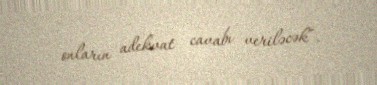
onların adekvat cavabı veriləcək”.